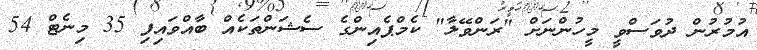
އުމުރުން ދުވަސްވީ މީހުންނަށް "ރަންވޭލާ" ކެމްޕެއިންގެ ސެޝަންތަކެއް ބާއްވައިފި 35 މިނެޓް 54